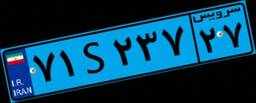
۱۲S۰۲۴۶۸